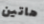
هاتين